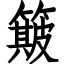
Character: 簸